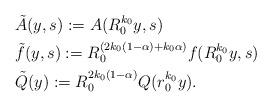
LaTeX: \begin{align*}&\tilde A(y,s):=A(R_0^{k_0}y,s)\\&\tilde f(y,s):=R_0^{(2k_0(1-\alpha)+k_0\alpha)}f(R_0^{k_0}y,s)\\&\tilde Q (y):=R_0^{2k_0(1-\alpha)} Q (r_0^{k_0}y).\end{align*}